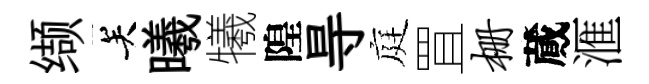
缬关曦犧隍㝵庭罝栅蕆滙